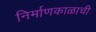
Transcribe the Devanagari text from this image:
निर्माणकाळाची